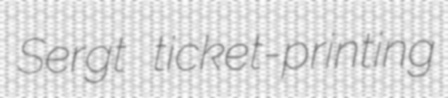
Sergt ticket-printing